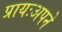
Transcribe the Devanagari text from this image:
प्रायःअपने